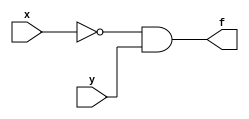
module and_struct(x, y, f);
	input x, y;
	output f;
	wire a;
	not(a,x);
	and (f, a, y);

endmodule